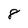
Character: 8